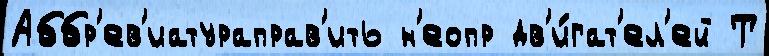
Аббр'ев'иатураправ'ить н'еопр дв'и́гат'ел'ей Т